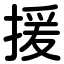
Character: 援